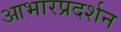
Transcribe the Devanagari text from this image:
आभारप्रदर्शन